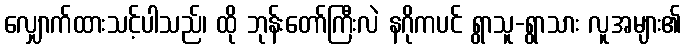
လျှောက်ထားသင့်ပါသည်၊ ထို ဘုန်းတော်ကြီးလဲ နဂိုကပင် ရွာသူ-ရွာသား လူအများ၏